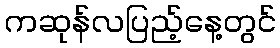
ကဆုန်လပြည့်နေ့တွင်